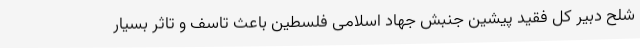
شلح دبیر کل فقید پیشین جنبش جهاد اسلامی فلسطین باعث تاسف و تاثر بسیار